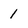
Character: 1